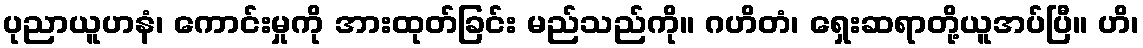
ပုညာယူဟနံ၊ ကောင်းမှုကို အားထုတ်ခြင်း မည်သည်ကို။ ဂဟိတံ၊ ရှေးဆရာတို့ယူအပ်ပြီ။ ဟိ၊